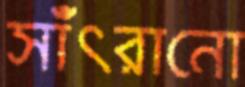
সাঁৎরানো